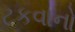
ટકવાનો